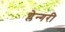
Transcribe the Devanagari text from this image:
ग्लेन्गरी